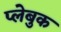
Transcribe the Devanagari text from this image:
प्लेबुक